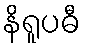
နိရူပဓီ